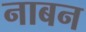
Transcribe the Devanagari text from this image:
नाबन